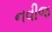
નવીજ